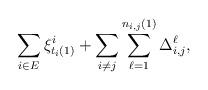
LaTeX: \begin{align*}\sum_{i\in E} \xi^i_{t_i(1)} + \sum_{i\not= j} \sum_{\ell=1}^{n_{i,j} (1)} \Delta_{i,j}^{\ell},\end{align*}